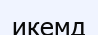
икемд